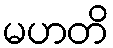
မဟတိ